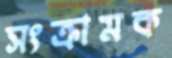
সংক্রামক